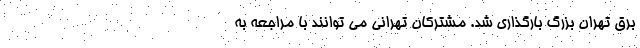
برق تهران بزرگ بارگذاری شد. مشترکان تهرانی می توانند با مراجعه به